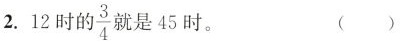
2.12时的\frac{3}{4}就是45时。 ( )